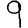
Digit: 9